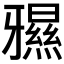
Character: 𱭨